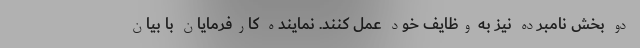
دو بخش نامبرده نیز به وظایف خود عمل کنند. نماینده کارفرمایان با بیان